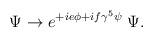
LaTeX: \begin{align*}\Psi \rightarrow e^{+ie\phi + if\gamma^5 \psi} \; \Psi .\end{align*}